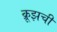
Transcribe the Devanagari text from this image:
क्रूझची